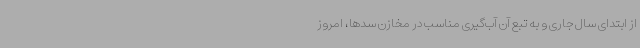
از ابتدای سال جاری و به تبع آن آب‌گیری مناسب در مخازن سدها، امروز